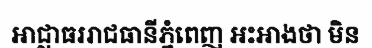
អាជ្ញាធររាជធានីភ្នំពេញ អះអាងថា មិន